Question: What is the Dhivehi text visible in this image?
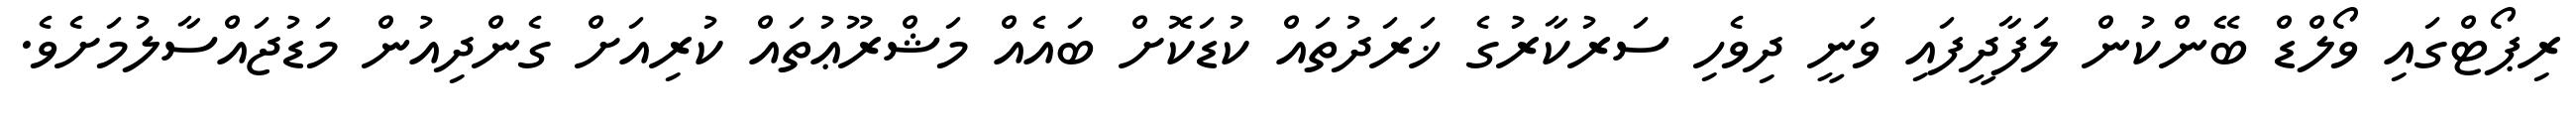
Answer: ރިޕޯޓްގައި ވޯލްޑް ބޭންކުން ލަފާދީފައި ވަނީ ދިވެހި ސަރުކާރުގެ ޚަރަދުތައް ކުޑަކޮށް ބައެއް މަޝްރޫޢުތައް ކުރިއަށް ގެންދިއުން މަޑުޖައްސާލުމަށެވެ.